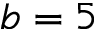
b = 5